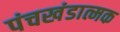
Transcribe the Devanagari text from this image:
पंचखंडात्मक